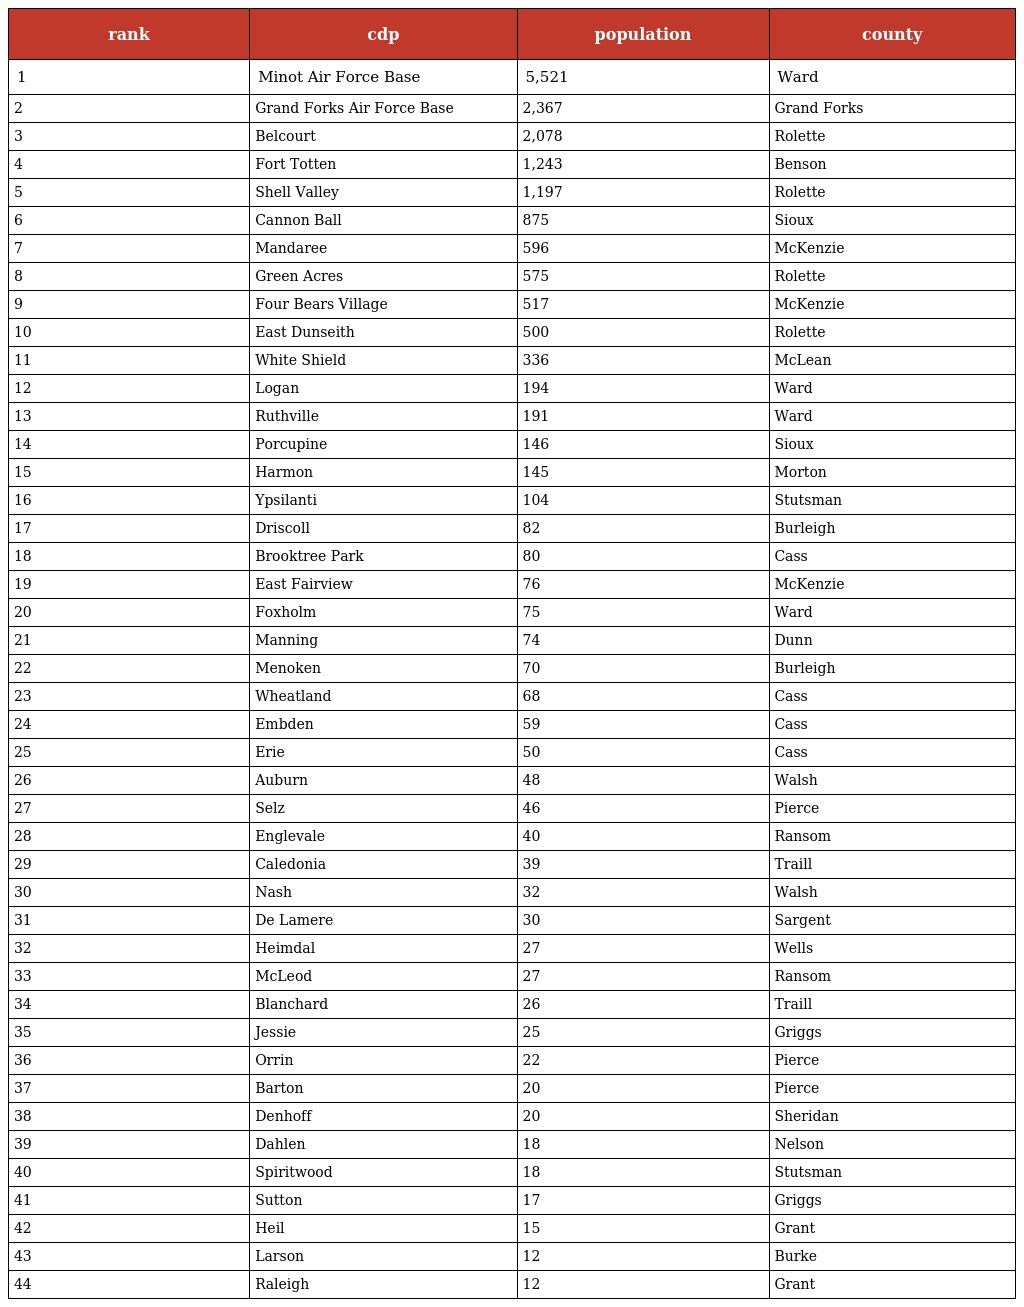
| rank | cdp | population | county |
 | --- | --- | --- | --- |
 | 1 | Minot Air Force Base | 5,521 | Ward |
 | 2 | Grand Forks Air Force Base | 2,367 | Grand Forks |
 | 3 | Belcourt | 2,078 | Rolette |
 | 4 | Fort Totten | 1,243 | Benson |
 | 5 | Shell Valley | 1,197 | Rolette |
 | 6 | Cannon Ball | 875 | Sioux |
 | 7 | Mandaree | 596 | McKenzie |
 | 8 | Green Acres | 575 | Rolette |
 | 9 | Four Bears Village | 517 | McKenzie |
 | 10 | East Dunseith | 500 | Rolette |
 | 11 | White Shield | 336 | McLean |
 | 12 | Logan | 194 | Ward |
 | 13 | Ruthville | 191 | Ward |
 | 14 | Porcupine | 146 | Sioux |
 | 15 | Harmon | 145 | Morton |
 | 16 | Ypsilanti | 104 | Stutsman |
 | 17 | Driscoll | 82 | Burleigh |
 | 18 | Brooktree Park | 80 | Cass |
 | 19 | East Fairview | 76 | McKenzie |
 | 20 | Foxholm | 75 | Ward |
 | 21 | Manning | 74 | Dunn |
 | 22 | Menoken | 70 | Burleigh |
 | 23 | Wheatland | 68 | Cass |
 | 24 | Embden | 59 | Cass |
 | 25 | Erie | 50 | Cass |
 | 26 | Auburn | 48 | Walsh |
 | 27 | Selz | 46 | Pierce |
 | 28 | Englevale | 40 | Ransom |
 | 29 | Caledonia | 39 | Traill |
 | 30 | Nash | 32 | Walsh |
 | 31 | De Lamere | 30 | Sargent |
 | 32 | Heimdal | 27 | Wells |
 | 33 | McLeod | 27 | Ransom |
 | 34 | Blanchard | 26 | Traill |
 | 35 | Jessie | 25 | Griggs |
 | 36 | Orrin | 22 | Pierce |
 | 37 | Barton | 20 | Pierce |
 | 38 | Denhoff | 20 | Sheridan |
 | 39 | Dahlen | 18 | Nelson |
 | 40 | Spiritwood | 18 | Stutsman |
 | 41 | Sutton | 17 | Griggs |
 | 42 | Heil | 15 | Grant |
 | 43 | Larson | 12 | Burke |
 | 44 | Raleigh | 12 | Grant |